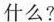
什么?